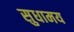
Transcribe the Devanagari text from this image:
सुधामय